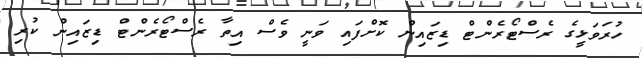
ހުރަވަޅީގެ ރެސްޓޯރެންޓް ޑިޒައިން ކޮށްފައި ވަނީ ވެސް އިތާ ރެސްޓޯރެންޓް ޑިޒައިން ކުރި